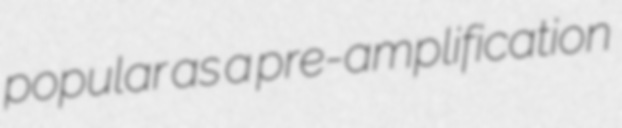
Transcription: popular as a pre-amplification